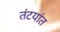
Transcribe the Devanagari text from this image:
तंटयांत